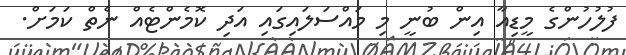
ފުލުހުންގެ މީޑިއާ އިން ބުނީ މި މައްސަލައިގައި އަދި ކޮމެންޓެއް ނެތް ކަމަށް.